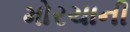
મોરચાની